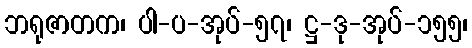
ဘရုဇာတက၊ ပါ-ပ-အုပ်-၅၇၊ ဋ္ဌ-ဒု-အုပ်-၁၅၅၊